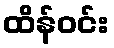
ထိန်ဝင်း